King Institute of Preventive Medicine Bacteriolog. Section reports 1907-08
Year: 1907
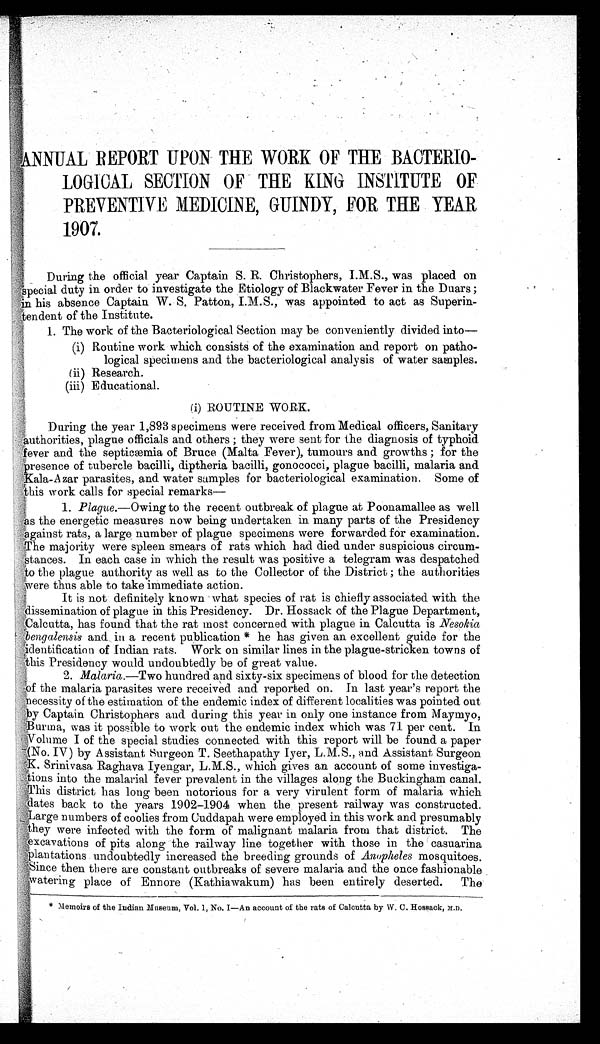
ANNEAL REPORT UPON THE WORK OF THE BACTERIO-
LOGICAL SECTION OF THE KING INSTITUTE OF
PREVENTIVE MEDICINE, WINDY, FOR THE YEAR
1907.
During the official year Captain S. R. Christophers, I.M.S., was placed on
special duty in order to investigate the Etiology of Blackwater Fever in the Duars ;
in his absence Captain W. S. Patton, I.M.S., was appointed toto act as Superin-
tendent of the Institute.
1. The work of the Bacteriological Section may be conveniently divided into--
(i) Routine work which consists of the examination and report on patho
_
logical specimens and the bacteriological analysis of water samples.
(ii) Research.
(iii) Educational.
(i) ROUTINE WORK.
During the year 1,893 specimens were received from Medical officers, Sanitary
authorities , plague officials and others ; they were sent for the diagnosis of typhoid
fever and the septicæmia of Bruce (Malta Fever), tumours and growths; for the
presence of tubercle bacilli, diptheria bacilli, gonococci, plague bacilli, malaria and
Kala-Azar parasites, and water samples for bacteriological examination. Some of
this work calls for special remarks-
1. Plague.—Owing to the recent outbreak of plague at Poonamallee as well
as the energetic measures now being undertaken in many parts of the Presidency
against rats, a large number of plague specimens were forwarded for examination.
stances. The majority were spleen smears of rats which had died under suspicious circum
stances. In each case in which the result was positive a telegram was despatched
to the plague authority as well as to the Collector of the District ; the authorities
we re thus able to take immediate action.
It is not definitely known what species of rat is chiefly associated with the
dissemination of plague in this Presidency. Dr. Hossack of the Plague Department,
Calcutta, has found that the rat most concerned with plague in Calcutta is Nesokia
bengalensis and ill a recent publication * he has given an excellent guide for the
identification of Indian rats. Work on similar lines in the plague-stricken towns of
this Presidency would undoubtedly be of great value.
2. Malaria.—Two hundred and sixty-six specimens of blood for the detection
-of the malaria parasites were received and reported on. In last year's report the
necessity of the estimation of the endemic index of different localities was pointed out
by Captain Christop
hers and during this year in only one instance from Maymyo,
Bu rma, was it possible to work out the endemic index which was 71 per cent. In
v olume I of the special studies connected with this report will be found a paper
(No. IV) by Assistant surgeon T. Seethapathy Iyer, L.M.S., and Assistant Surgeon
X. Srinivasa Raghava Iyengar, L.M.S., which gives an account of some investiga-
Lions into the malarial fever prevalent in the villages along the Buckingham canal.
DItrhis district has lona. been notorious for a very virulent form of malaria which
rc
long
dates back to the years 1902-1904 when the present railway was constructed.
Large numbers of coolies from Cuddapah were employed in this work and presumably
they were infected with the form of malignant malaria from that district. The
excavations of pits along the railway line together with those in the casuarina
plantations undoubtedly increased the breeding grounds of Anopheles mosquitoes.
S ince then there are constant outbreaks of severe malaria and the once fashionable
atering p l a c e o f E n n o r e ( K a t h i a w a k u m ) h a s b e e n e n t i r e l y d e s e r t e d . T h e
* Memoirs of the Indian Museum, vol. 1, No. I—An account of the rats of Calcutta by W. C. Hossack, M.D.